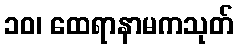
၁၀၊ ထေရာနာမကသုတ်